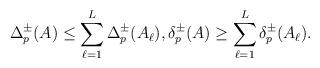
LaTeX: \begin{align*}\Delta_p^\pm(A)\leq \sum_{\ell=1}^L \Delta_p^\pm(A_\ell), \delta_p^\pm(A)\geq \sum_{\ell=1}^L \delta_p^\pm(A_\ell).\end{align*}